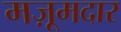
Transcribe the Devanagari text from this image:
मज़ूमदार